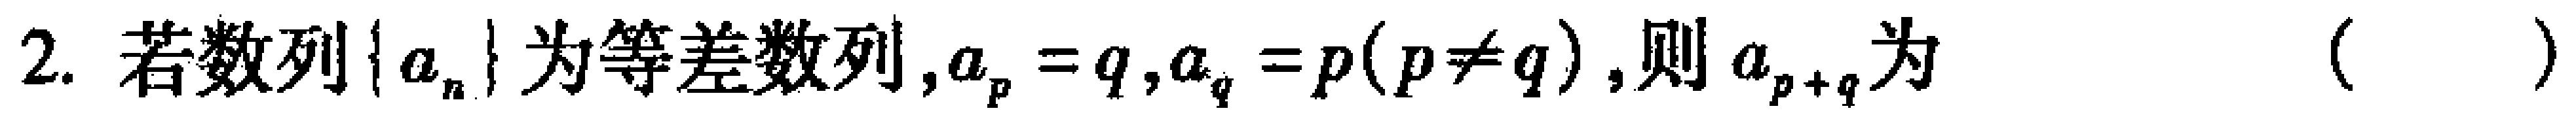
2. 若数列\(\{ a_{n}\}\)为等差数列，\(a_{p}=q\)，\(a_{q}=p(p\neq q)\)，则\(a_{p + q}\)为 （  ）